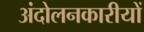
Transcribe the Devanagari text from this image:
अंदोलनकारीयों